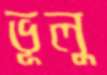
ভূলু